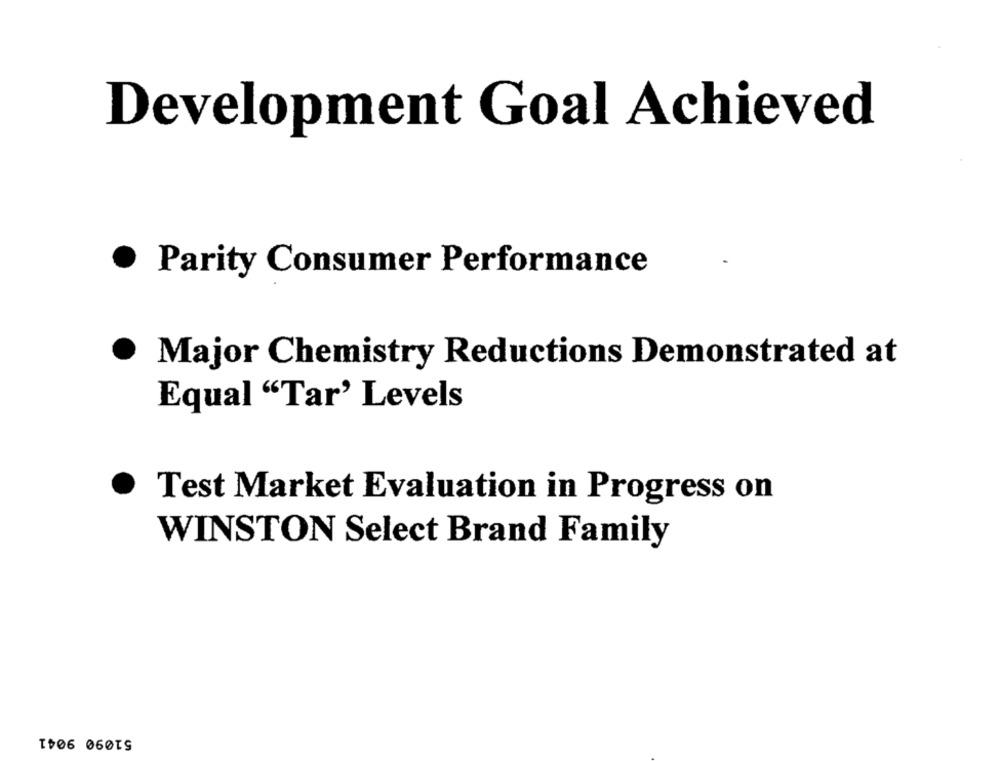
Development Goal Achieved
·
Parity Consumer Performance
Major Chemistry Reductions Demonstrated at
Equal "Tar' Levels
· Test Market Evaluation in Progress on
WINSTON Select Brand Family
51090 9041